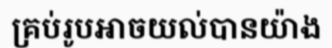
គ្រប់រូបអាចយល់បានយ៉ាង